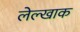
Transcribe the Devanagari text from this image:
लेल्खाक